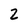
Character: 2